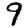
Digit: 9